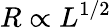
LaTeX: R\propto L^{1/2}